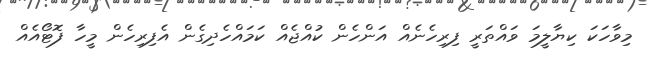
މިވާހަކަ ކިޔާލީމަ ވައްތަރީ ފިރިހެނެއް އަންހެން ކުއްޖެއް ކަމައްހެދިގެން އެފިރިހެން މީހާ ފޮޓޯއެއް